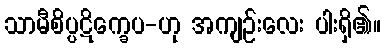
သာမီစိပ္ပဋိက္ခေပ-ဟု အကျဉ်းလေး ပါးရှိ၏။